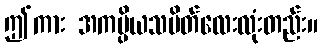
ဤကား အကပ္ပိယသပိတ်လေးလုံးတည်း။